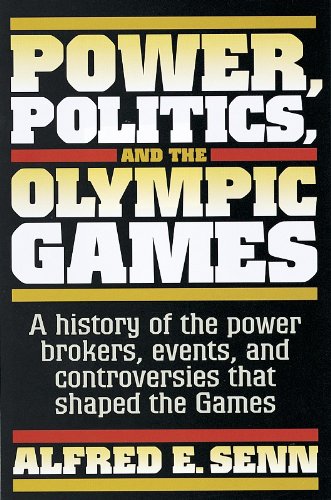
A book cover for Power, Politics, and the Olympic Games; Alfred Senn; Sports & Outdoors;